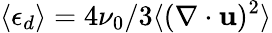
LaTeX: \langle\epsilon_{d}\rangle=4\nu_{0}/3\langle(\mathbf{\nabla}\cdot\mathbf{u})^{2}\rangle